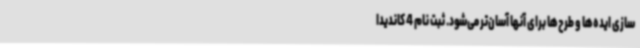
سازی ایده‌ها و طرح‌ها برای آنها آسان‌تر می‌شود. ثبت نام 4 کاندیدا